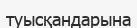
туысқандарына